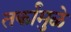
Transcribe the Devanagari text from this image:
तर्कांमुळे